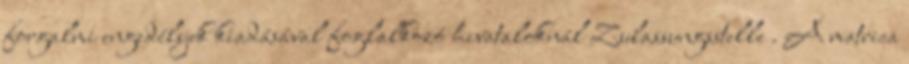
forgalmi engedélyek kiadásával foglalkozó hivataloknál Zulassungsstelle . A matrica